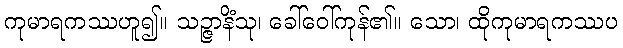
ကုမာရကဿဟူ၍။ သဉ္ဇာနိံသု၊ ခေါ်ဝေါ်ကုန်၏။ သော၊ ထိုကုမာရကဿပ